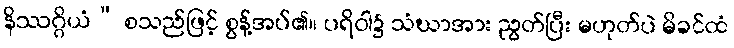
နိဿဂ္ဂိယံ” စသည်ဖြင့် စွန့်အပ်၏။ ပရိဝါ၌ သံဃာအား ညွတ်ပြီး မဟုတ်ပဲ မိခင်ထံ